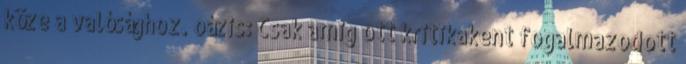
köze a valósághoz. oázis: Csak amig ott kritikakent fogalmazodott